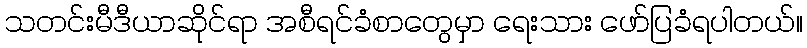
သတင်းမီဒီယာဆိုင်ရာ အစီရင်ခံစာတွေမှာ ရေးသား ဖော်ပြခံရပါတယ်။